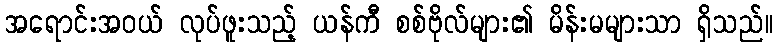
အရောင်းအဝယ် လုပ်ဖူးသည့် ယန်ကီ စစ်ဗိုလ်များ၏ မိန်းမများသာ ရှိသည်။